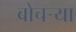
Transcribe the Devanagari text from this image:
बोचर्‍या